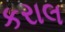
કરાલ